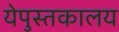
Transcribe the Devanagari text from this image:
येपुस्तकालय